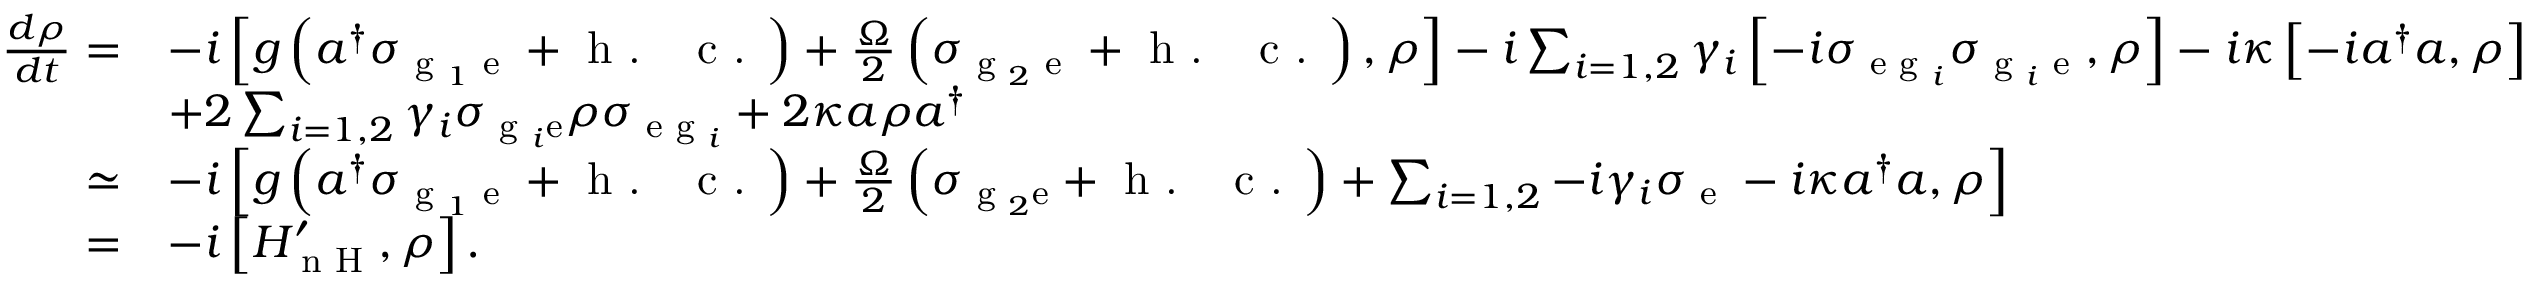
\begin{array} { r l } { \frac { d \rho } { d t } = } & { - i \left[ g \left( a ^ { \dagger } \sigma _ { \textrm { g } _ { 1 } \textrm { e } } + \textrm { h . ~ c . } \right) + \frac { \Omega } { 2 } \left( \sigma _ { \textrm { g } _ { 2 } \textrm { e } } + \textrm { h . ~ c . } \right) , \rho \right] - i \sum _ { i = 1 , 2 } \gamma _ { i } \left[ - i \sigma _ { \textrm { e g } _ { i } } \sigma _ { \textrm { g } _ { i } \textrm { e } } , \rho \right] - i \kappa \left[ - i a ^ { \dagger } a , \rho \right] } \\ & { + 2 \sum _ { i = 1 , 2 } { \gamma _ { i } \sigma _ { \textrm { g } _ { i } \mathrm { e } } \rho \sigma _ { \textrm { e g } _ { i } } } + 2 \kappa a \rho a ^ { \dagger } } \\ { \simeq } & { - i \left[ g \left( a ^ { \dagger } \sigma _ { \textrm { g } _ { 1 } \textrm { e } } + \textrm { h . ~ c . } \right) + \frac { \Omega } { 2 } \left( \sigma _ { \textrm { g } _ { 2 } \mathrm { e } } + \textrm { h . ~ c . } \right) + \sum _ { i = 1 , 2 } - i \gamma _ { i } \sigma _ { \textrm { e } } - i \kappa a ^ { \dagger } a , \rho \right] } \\ { = } & { - i \left[ H _ { \textrm { n H } } ^ { \prime } , \rho \right] . } \end{array}